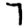
Digit: 7